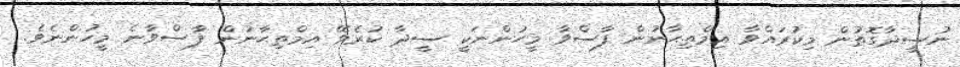
ނުސީދާގޮތުން މިކުރައްވާ އިމްތިޙާނުން ފާސްވާ މީހުންނަކީ ސީދާ ކުރެވޭ އިމްތިޙާނުން ފާސްވާނެ މީހުންނެވެ.